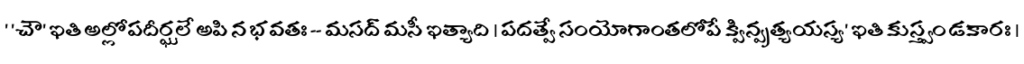
' 'చౌ' ఇతి అల్లోపదీర్ఘలే అపి న భవతః -- మసద్ మసీ ఇత్యాది । పదత్వే సంయోగాంతలోపే క్విన్ప్రత్యయస్య' ఇతి కుస్త్వం డకారః ।